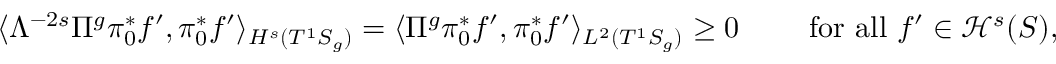
\langle \Lambda ^ { - 2 s } \Pi ^ { g } \pi _ { 0 } ^ { * } f ^ { \prime } , \pi _ { 0 } ^ { * } f ^ { \prime } \rangle _ { \cal { H } ^ { s } ( T ^ { 1 } S _ { g } ) } = \langle \Pi ^ { g } \pi _ { 0 } ^ { * } f ^ { \prime } , \pi _ { 0 } ^ { * } f ^ { \prime } \rangle _ { L ^ { 2 } ( T ^ { 1 } S _ { g } ) } \geq 0 \qquad \mathrm { ~ f o r ~ a l l ~ } f ^ { \prime } \in \mathcal { H } ^ { s } ( S ) ,